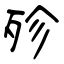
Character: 殄